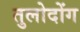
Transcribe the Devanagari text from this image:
तुलोदोंग